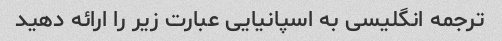
ترجمه انگلیسی به اسپانیایی عبارت زیر را ارائه دهید